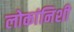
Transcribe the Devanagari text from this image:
लोकांनिशी